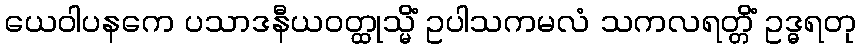
ယေဝါပနကေ ပသာဒနီယဝတ္ထုသ္မိံ ဥပါသကမလံ သကလရတ္တိံ ဥဒ္ဓရတု